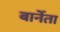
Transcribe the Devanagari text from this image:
बार्नेता